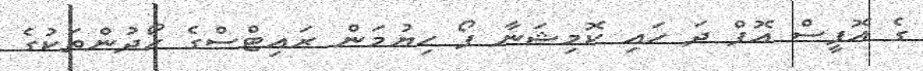
ގެ އޮފީސް އޮފް ދަ ހައި ކޮމިޝަނާ ފޯ ހިޔުމަން ރައިޓްސްގެ ހޯދުންތަކުގެ